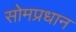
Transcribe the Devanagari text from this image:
सोमप्रधान